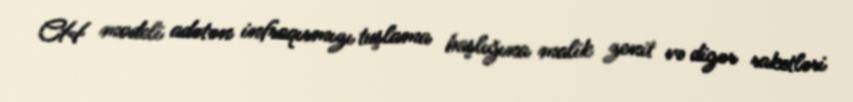
CH modeli adətən infraqırmızı tuşlama başlığına malik zenit və digər raketləri